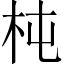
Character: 杶